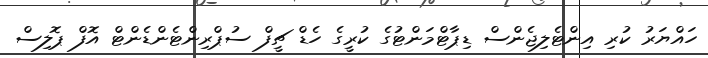
ހައްޔަރު ކުރި އިންޓެލިޖެންސް ޑިޕާޓްމަންޓުގެ ކުރީގެ ހެޑް ޗީފް ސުޕްރިންޓެންޑެންޓް އޮފް ޕޮލިސް